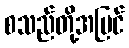
စသည်တို့အပြင်